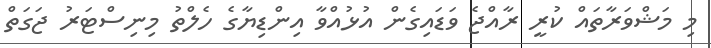
މި މަޝްވަރާތައް ކުރީ ރާއްޖެ ވަޑައިގެން އުޅުއްވާ އިންޑިޔާގެ ހެލްތު މިނިސްޓަރު ޖަގަތް